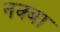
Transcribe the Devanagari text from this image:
नक्बा